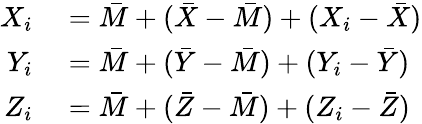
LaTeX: \begin{array}{rl}{X_{i}}&{{}={\bar{M}}+({\bar{X}}-{\bar{M}})+(X_{i}-{\bar{X}})}\\ {Y_{i}}&{{}={\bar{M}}+({\bar{Y}}-{\bar{M}})+(Y_{i}-{\bar{Y}})}\\ {Z_{i}}&{{}={\bar{M}}+({\bar{Z}}-{\bar{M}})+(Z_{i}-{\bar{Z}})}\end{array}